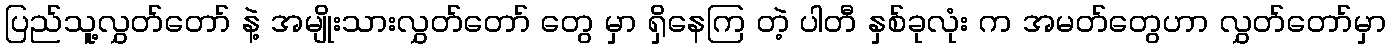
ပြည်သူ့လွှတ်တော် နဲ့ အမျိုးသားလွှတ်တော် တွေ မှာ ရှိနေကြ တဲ့ ပါတီ နှစ်ခုလုံး က အမတ်တွေဟာ လွှတ်တော်မှာ